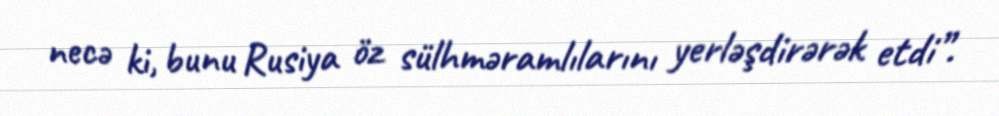
necə ki, bunu Rusiya öz sülhməramlılarını yerləşdirərək etdi”.